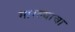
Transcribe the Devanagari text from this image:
मारल्याचा